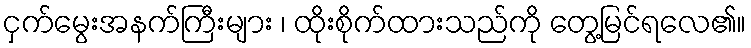
ငှက်မွေးအနက်ကြီးများ ၊ ထိုးစိုက်ထားသည်ကို တွေ့မြင်ရလေ၏။